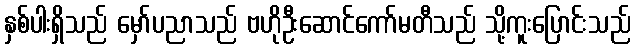
နှစ်ပါးရှိသည် မှော်ပညာသည် ဗဟိုဦးဆောင်ကော်မတီသည် သို့ကူးပြောင်းသည်